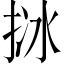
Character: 𢬄